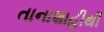
તાનાશાહીથી